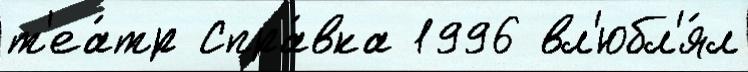
т'еа́тр Спра́вка 1996 вл'юбл'я́л